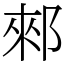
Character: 郲